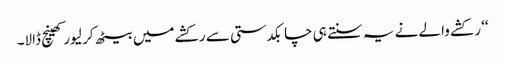
‘‘ رکشے والے نے یہ سنتے ہی چابکدستی سے رکشے میں بیٹھ کر لیور کھینچ ڈالا۔